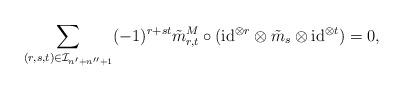
LaTeX: \begin{align*} \sum_{(r,s,t) \in \mathcal{I}_{n'+n''+1}} (-1)^{r + s t} \tilde{m}_{r,t}^{M} \circ (\mathrm{id}^{\otimes r} \otimes \tilde{m}_{s} \otimes \mathrm{id}^{\otimes t}) = 0,\end{align*}